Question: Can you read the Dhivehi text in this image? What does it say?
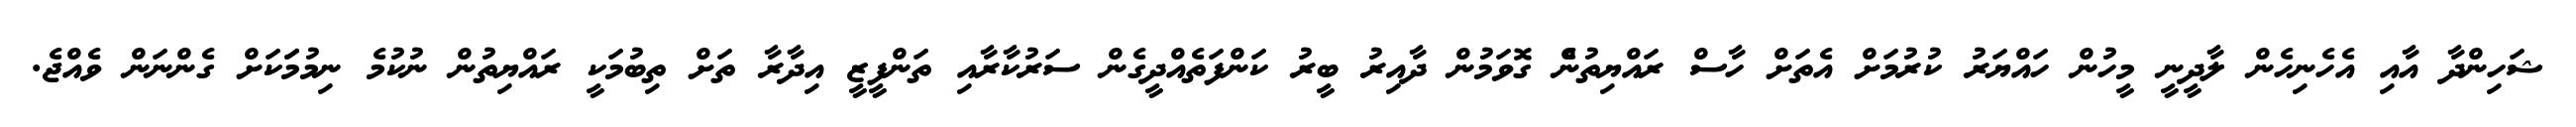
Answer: ޝަހިންދާ އާއި އެހެނިހެން ލާދީނީ މީހުން ހައްޔަރު ކުރުމަށް އެތަށް ހާސް ރައްޔިތުނެް ގޮވަމުން ދާއިރު ބީރު ކަންފަތެއްދީގެން ސަރުކާރާއި ތަންފީޒީ އިދާރާ ތަށް ތިބުމަކީ ރައްޔިތުން ނުކުމެ ނިމުމަަކަށް ގެންނަން ވެއްޖެ.